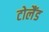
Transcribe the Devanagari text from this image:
टोलैंड